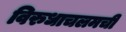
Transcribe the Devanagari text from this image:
विरुधाचलमची